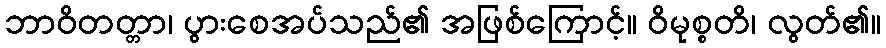
ဘာဝိတတ္တာ၊ ပွားစေအပ်သည်၏ အဖြစ်ကြောင့်။ ဝိမုစ္စတိ၊ လွတ်၏။